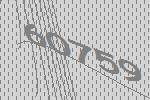
60759